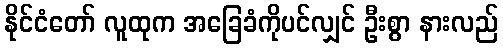
နိုင်ငံတော် လူထုက အခြေခံကိုပင်လျှင် ဦးစွာ နားလည်